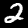
Label: 2